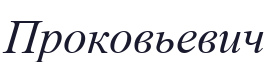
Проковьевич